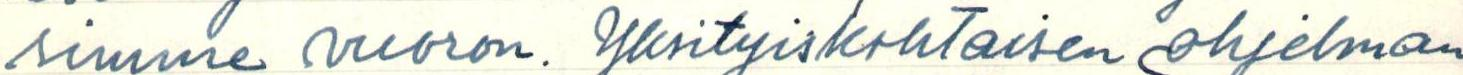
simme vuoron. Yksityiskohtaisen ohjelman